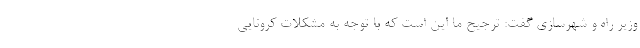
وزیر راه و شهرسازی گفت: ترجیح ما این است که با توجه به مشکلات کرونایی